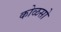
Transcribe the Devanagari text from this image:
कोळसो